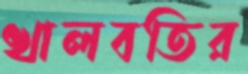
খালবতির